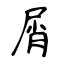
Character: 屑